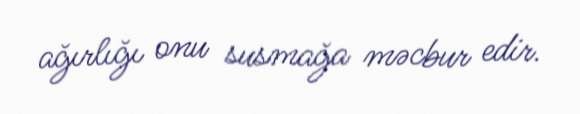
ağırlığı onu susmağa məcbur edir.